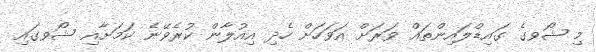
މި ޝޯވގެ ގައިޑްލައިންތައް ވަރަށް އަވަހަށް ހެދި އިއުލާން ކުރެވޭނެ ކަމަށާއި ޝޯވގައި